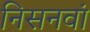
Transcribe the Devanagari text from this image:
निसनवां